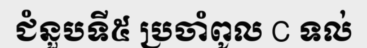
ជំនួបទី៥ ប្រចាំពូល C ទល់